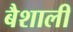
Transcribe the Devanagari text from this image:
बैशाली